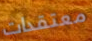
معتقدات